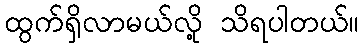
ထွက်ရှိလာမယ်လို့ သိရပါတယ်။